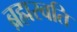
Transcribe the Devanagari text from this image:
ब्रह्मस्वति